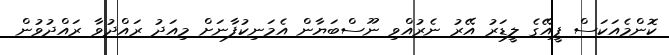
ކޮންމެއަކަސް ޕީއޭގެ ލީޑަރު އޭރު ނެރުއްވި ނޫސްބަޔާން އެމަނިކުފާނަށް މިއަދު ރައްދުވާ ރައްދުވުން